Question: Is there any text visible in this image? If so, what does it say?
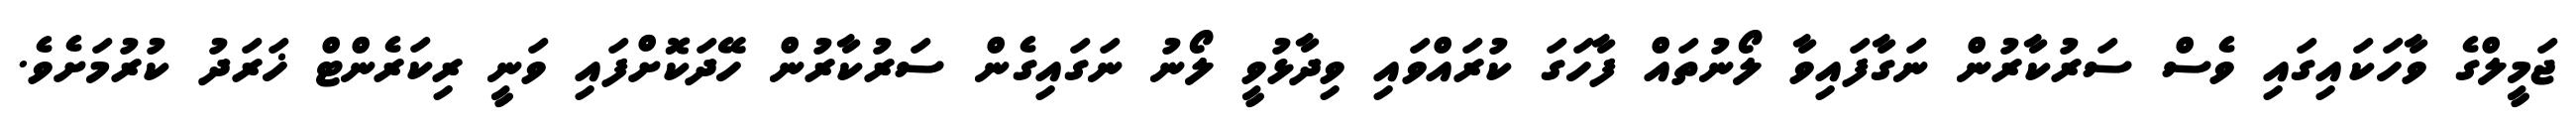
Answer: ޖަމީލްގެ ވާހަކައިގައި ވެސް ސަރުކާރުން ނަގާފައިވާ ލޯނުތައް ފާހަގަ ކުރައްވައި ވިދާޅުވީ ލޯނު ނަގައިގެން ސަރުކާރުން ހޭދަކޮށްފައި ވަނީ ރިކަރެންޓް ޚަރަދު ކުރުމަށެވެ.